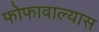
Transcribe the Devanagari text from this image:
फोफावाल्यास